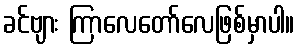
ခင်ဗျား ကြာလေတော်လေဖြစ်မှာပါ။